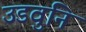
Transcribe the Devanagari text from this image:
उडवुनि